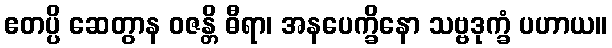
ဧတပ္ပိ ဆေတွာန ဝဇန္တိ ဓီရာ၊ အနပေက္ခိနော သဗ္ဗဒုက္ခံ ပဟာယ။